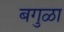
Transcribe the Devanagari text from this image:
बगुळा